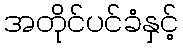
အတိုင်ပင်ခံနှင့်